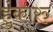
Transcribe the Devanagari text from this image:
हुंकारु